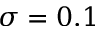
\sigma = 0 . 1